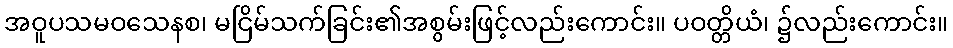
အဝူပသမဝသေနစ၊ မငြိမ်သက်ခြင်း၏အစွမ်းဖြင့်လည်းကောင်း။ ပဝတ္တိယံ၊ ၌လည်းကောင်း။